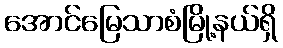
အောင်မြေသာစံမြို့နယ်ရှိ